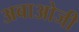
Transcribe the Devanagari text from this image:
अबाओजी